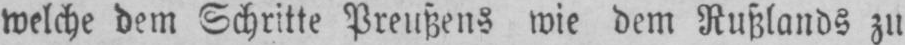
welche dem Schritte Preußens wie dem Rußlands zu